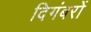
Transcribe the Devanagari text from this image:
दिगंबरों